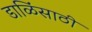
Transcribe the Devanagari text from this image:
डाळिंसाठी